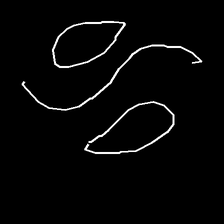
Glyph: water